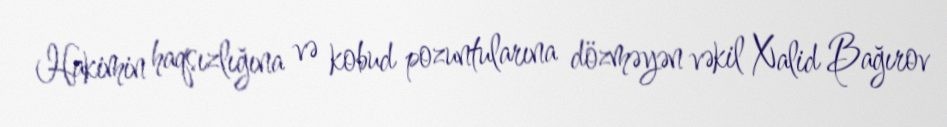
Hakimin haqsızlığına və kobud pozuntularına dözməyən vəkil Xalid Bağırov